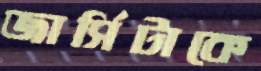
জার্সিটাকে